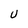
Character: U